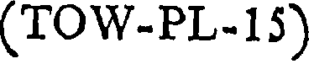
(TOW-PL-15)